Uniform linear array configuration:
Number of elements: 8
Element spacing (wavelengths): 0.5
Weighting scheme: hann
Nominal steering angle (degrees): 15
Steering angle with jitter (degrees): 13.493
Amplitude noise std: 0.05
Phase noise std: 0.05

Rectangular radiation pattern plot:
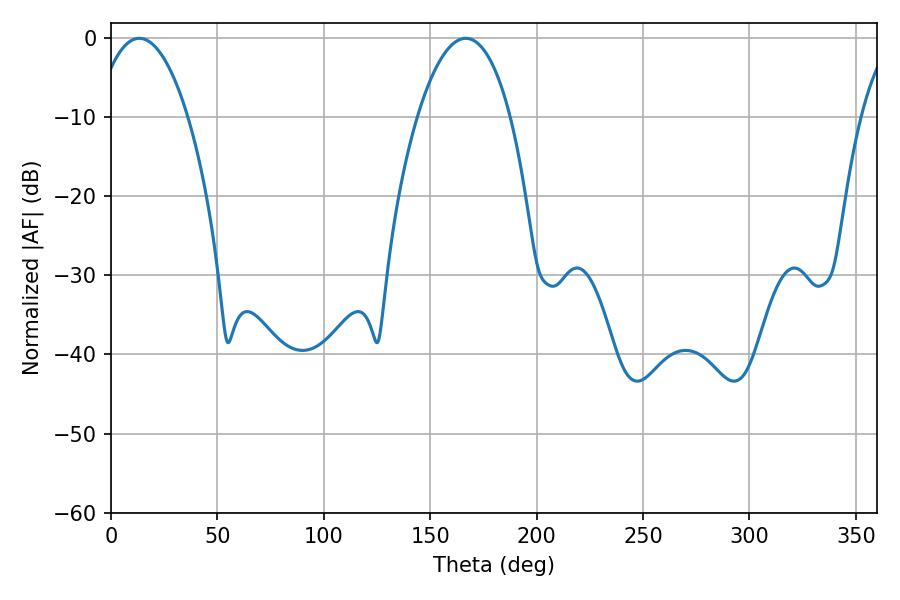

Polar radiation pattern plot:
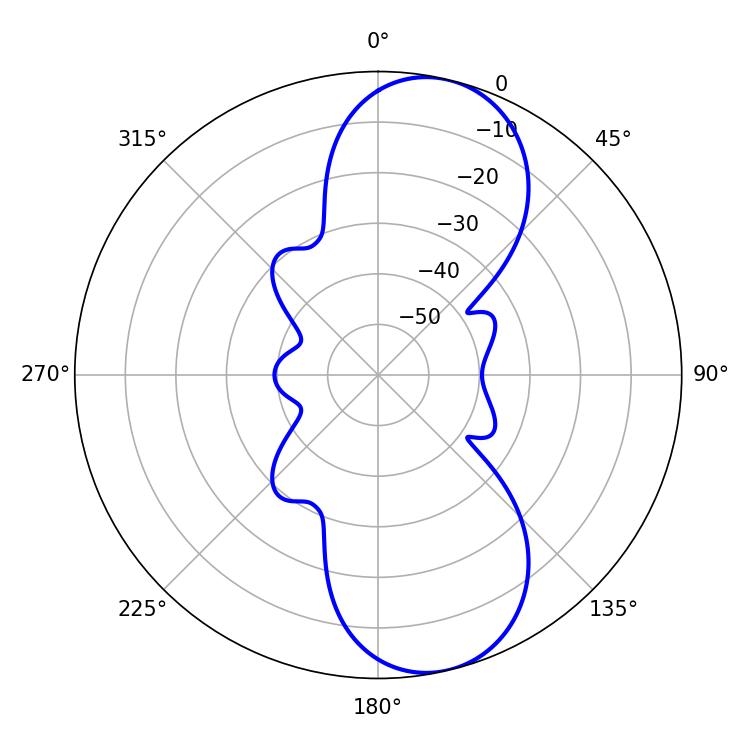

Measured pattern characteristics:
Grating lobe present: FALSE
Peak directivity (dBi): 9.733
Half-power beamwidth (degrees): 24.3
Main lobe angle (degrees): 166.68